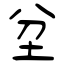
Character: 坌